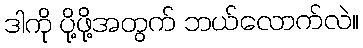
ဒါကို ပို့ဖို့အတွက် ဘယ်လောက်လဲ။